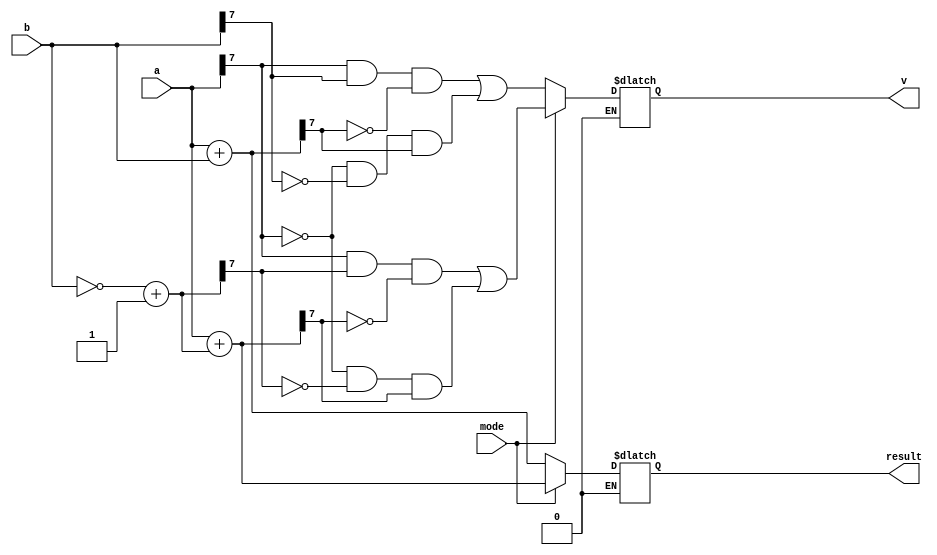
`timescale 1ns / 1ps
//////////////////////////////////////////////////////////////////////////////////
// Company: 
// Engineer: 
// 
// Design Name: 
// Module Name: adder_subtractor_8bit
// Project Name: 
// Target Devices: 
// Tool Versions: 
// Description: 
// 
// Dependencies: 
// 
// Revision:
// Revision 0.01 - File Created
// Additional Comments:
// 
//////////////////////////////////////////////////////////////////////////////////


module bit8_adder_sub(
    input [7:0] a,
    input [7:0] b,
    input mode,
    output reg [7:0] result,
    output reg v
    );
    
    reg [7:0]com;
    
    always @ (a,b,mode)
     begin
       if(mode == 1)
        begin
          com = ~b + 1'b1;
          result = a + com;
            v = (a[7]&com[7]&~result[7]) | (~a[7]&~com[7]&result[7]); 
        end
       else if(mode == 0)
        begin
           result = a + b;
            v = (a[7]&b[7]&~result[7]) | (~a[7]&~b[7]&result[7]); 
        end
      end   
       
           
endmodule